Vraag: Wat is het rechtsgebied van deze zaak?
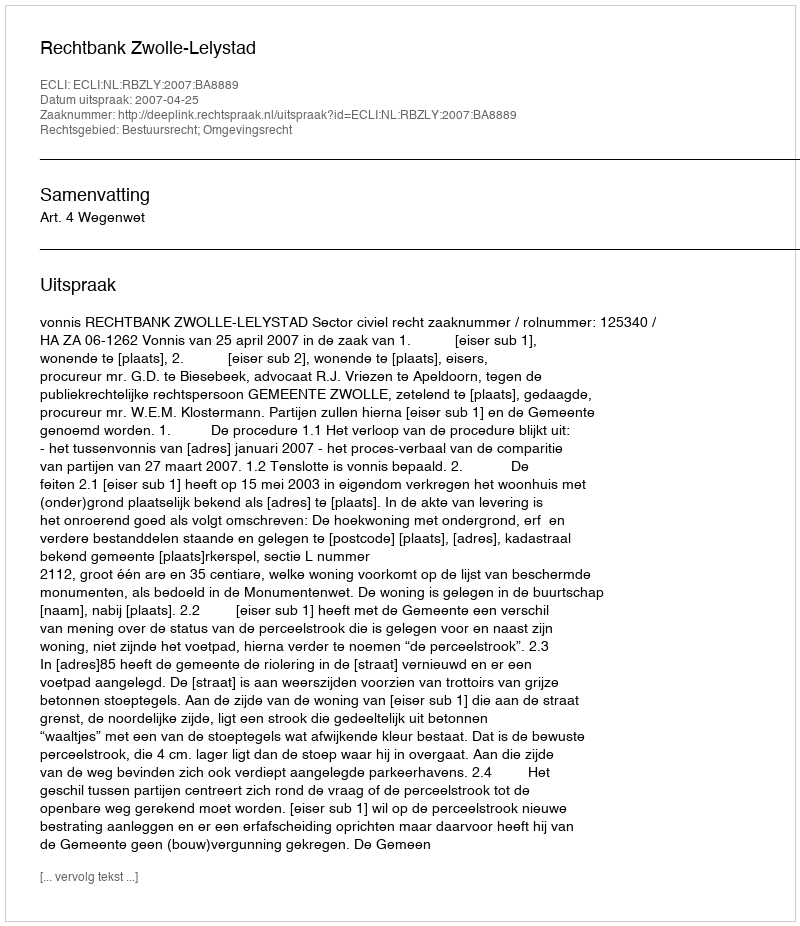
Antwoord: Bestuursrecht; Omgevingsrecht